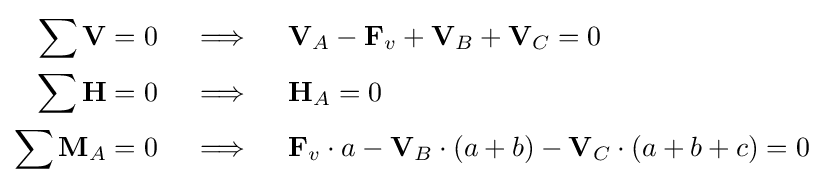
{\begin{aligned}\sum \mathbf {V} =0\quad &\implies \quad \mathbf {V} _{A}-\mathbf {F} _{v}+\mathbf {V} _{B}+\mathbf {V} _{C}=0\\\sum \mathbf {H} =0\quad &\implies \quad \mathbf {H} _{A}=0\\\sum \mathbf {M} _{A}=0\quad &\implies \quad \mathbf {F} _{v}\cdot a-\mathbf {V} _{B}\cdot (a+b)-\mathbf {V} _{C}\cdot (a+b+c)=0\end{aligned}}